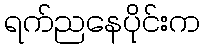
ရက်ညနေပိုင်းက